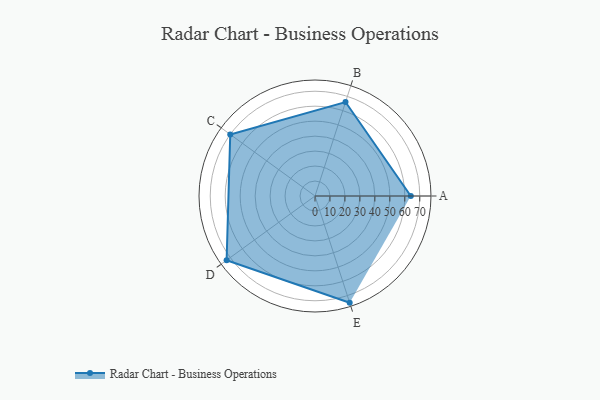
{"axis": {"x": "Skill", "y": "Score"}, "legend": ["Profile"], "data": [{"x": "A", "y": 64.0, "type": "Profile"}, {"x": "B", "y": 66.0, "type": "Profile"}, {"x": "C", "y": 70.0, "type": "Profile"}, {"x": "D", "y": 73.0, "type": "Profile"}, {"x": "E", "y": 75.0, "type": "Profile"}]}